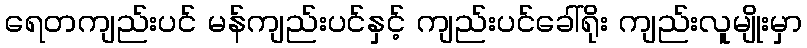
ရေတကျည်းပင် မန်ကျည်းပင်နှင့် ကျည်းပင်ခေါ်ရိုး ကျည်းလူမျိုးမှာ